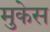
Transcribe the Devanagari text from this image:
मुकेस